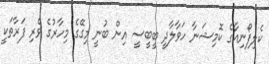
ކެލިފޯނިއާގެ ކޮމިޝަނާ ހަވާލާދީ ބީބީސީ އިން ބުނީ މިގޭގެ މިހާރުގެ ވެރި ފަރާތަކީ